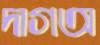
দাগঅ